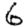
Digit: 6